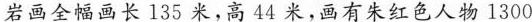
岩画全幅画长135米，高44米，画有朱红色人物1300